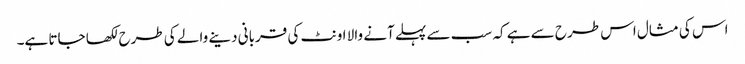
اس کی مثال اس طرح سے ہے کہ سب سے پہلے آنے والا اونٹ کی قربانی دینے والے کی طرح لکھا جاتا ہے۔